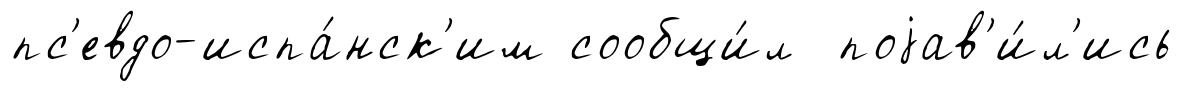
пс'евдо-испа́нск'им сообщи́л поjав'и́л'ись